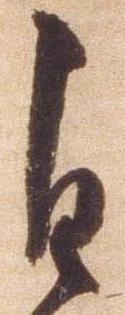
自